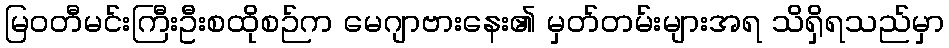
မြဝတီမင်းကြီးဦးစထိုစဉ်က မေဂျာဗားနေး၏ မှတ်တမ်းများအရ သိရှိရသည်မှာ